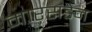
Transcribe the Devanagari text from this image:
मारसडेन